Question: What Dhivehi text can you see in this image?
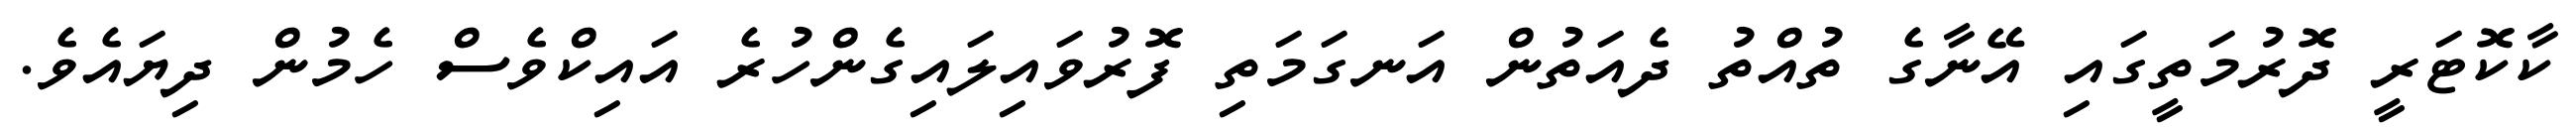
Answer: ކާކޮޓަރީ ދޮރުމަތީގައި އޭނާގެ ތުއްތު ދެއަތުން އަނގަމަތި ފޮރުވައިލައިގެންހުރެ އައިކްވެސް ހެމުން ދިޔައެވެ.